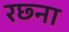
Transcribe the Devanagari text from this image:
रछ्ना